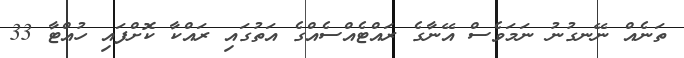
ތަނެއް ނޭނގުނު ނަމަވެސް އޭނާގެ ރައްޓެއްސެއްގެ އަތުގައި ރައްކާ ކޮށްފައި ހުއްޓާ 33